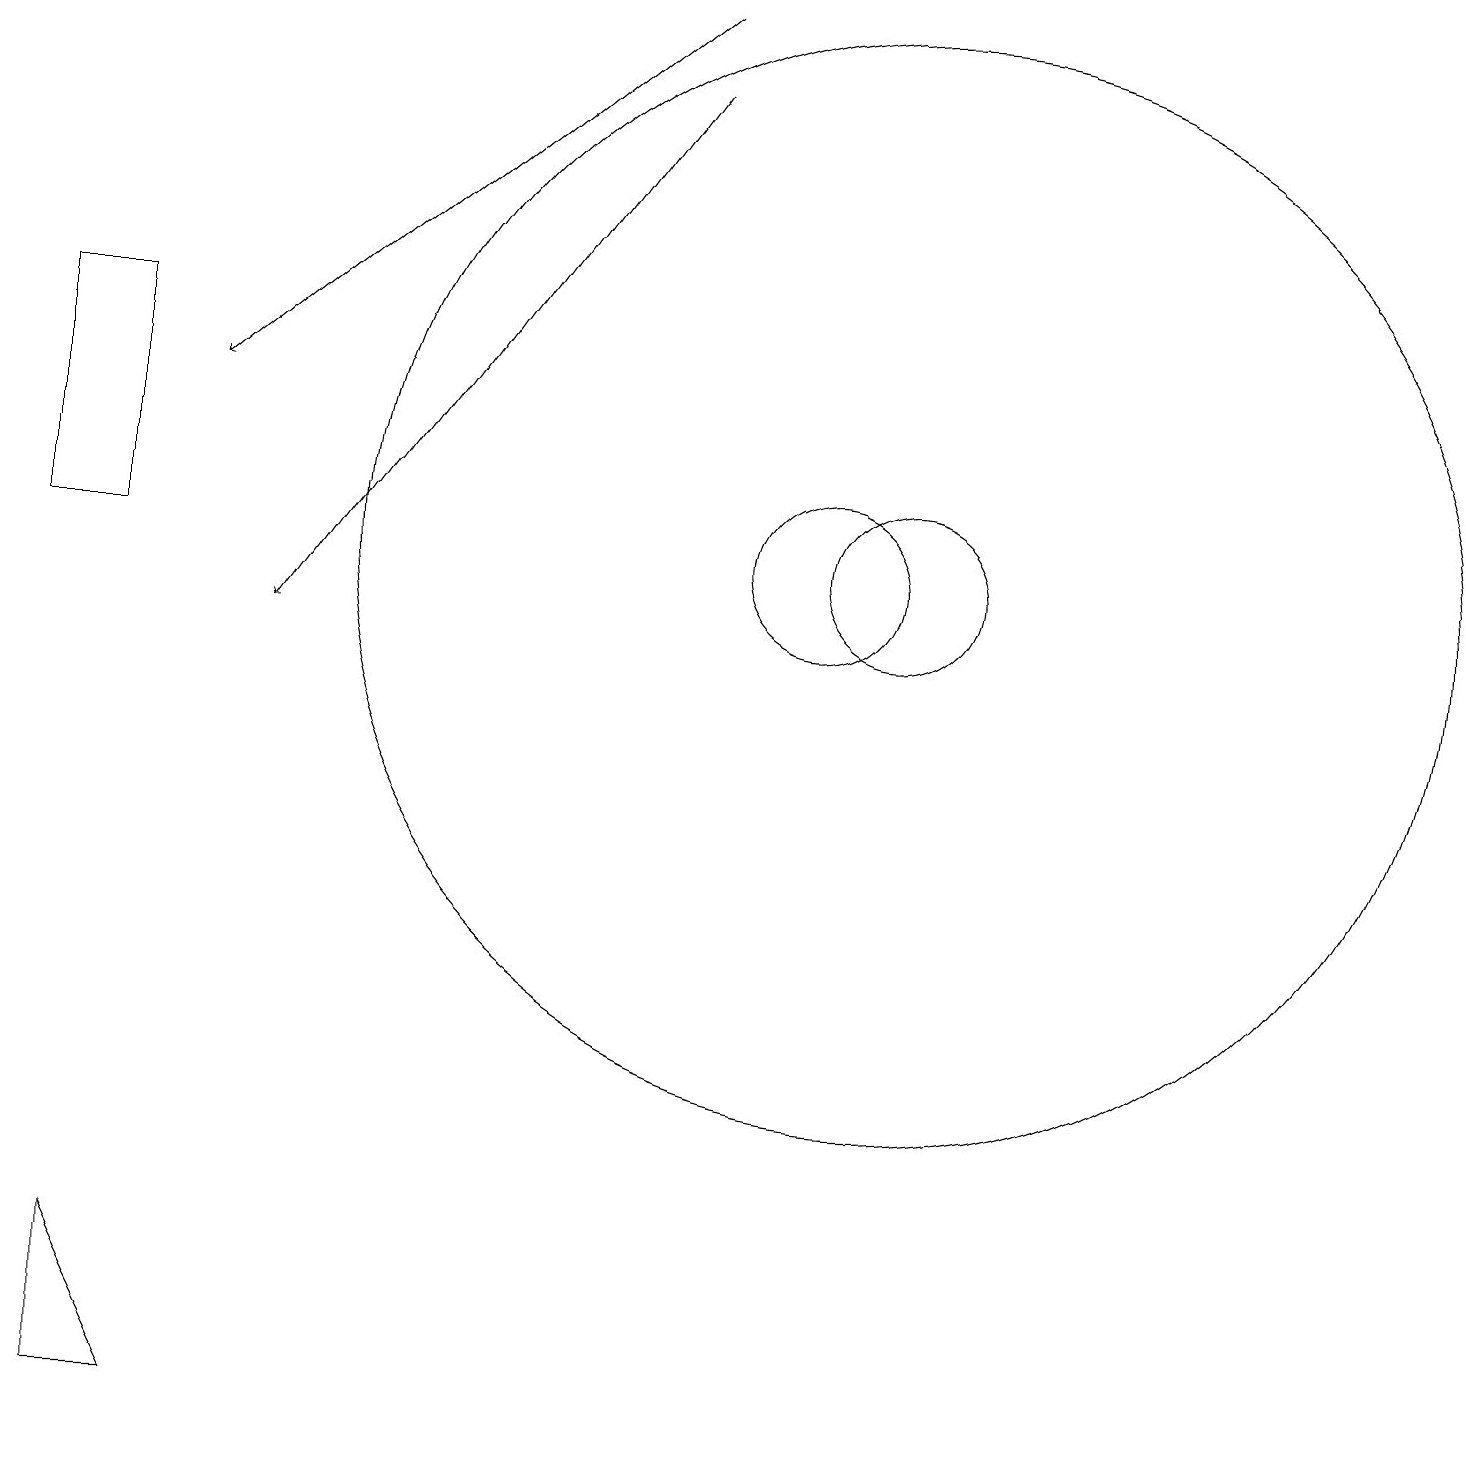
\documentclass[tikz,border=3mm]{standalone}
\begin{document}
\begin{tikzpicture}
\draw (1,14) rectangle (0,11);
\draw (10,11) circle (1);
\draw (11,11) circle (1);
\draw (11,10) circle (0);
\draw (1,0) -- (1,2) -- (2,0) -- cycle;
\draw[->] (8,18) -- (2,13);
\draw (11,11) circle (7);
\draw[->] (8,17) -- (3,10);
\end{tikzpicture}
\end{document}